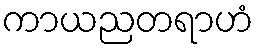
ကာယညတရာဟံ